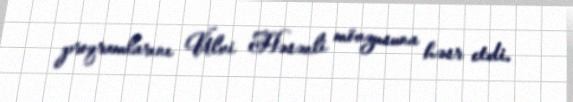
proqramlarını Ülvi Həsənli mövzusuna həsr etdi.